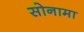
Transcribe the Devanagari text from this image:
सोनामा